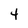
Character: 4